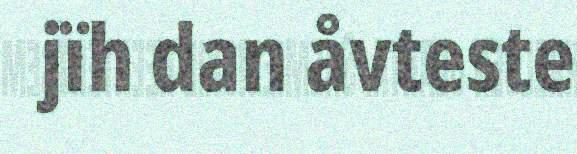
jïh dan åvteste